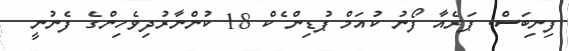
ފިނިބަސް